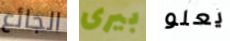
الجائع بيرى يعلو